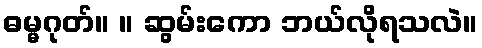
ဓမ္မဂုတ်။ ။ ဆွမ်းကော ဘယ်လိုရသလဲ။